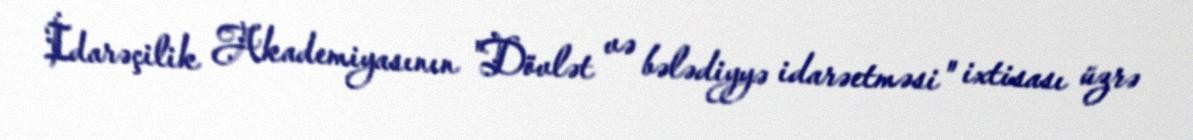
İdarəçilik Akademiyasının "Dövlət və bələdiyyə idarəetməsi" ixtisası üzrə